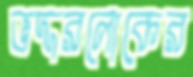
ভদ্দরলোকের